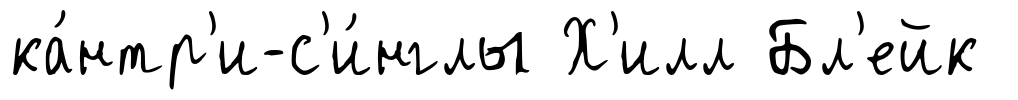
ка́нтр'и-с'и́нглы Х'илл Бл'ейк